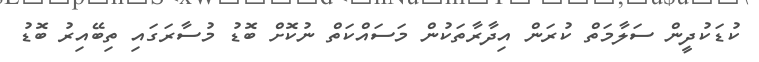
ކުޑަކުދީން ސަލާމަތް ކުރަން އިދާރާތަކުން މަސައްކަތް ނުކޮށް ބޮޑު މުސާރަގައި ތިބޭއިރު ބޮޑު